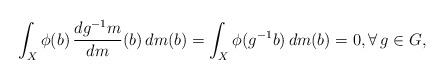
LaTeX: \begin{align*}\int_X \phi(b) \, \frac{dg^{-1}m}{dm}(b) \, dm(b) = \int_X \phi(g^{-1}b) \, dm(b) = 0, \forall \, g \in G,\end{align*}